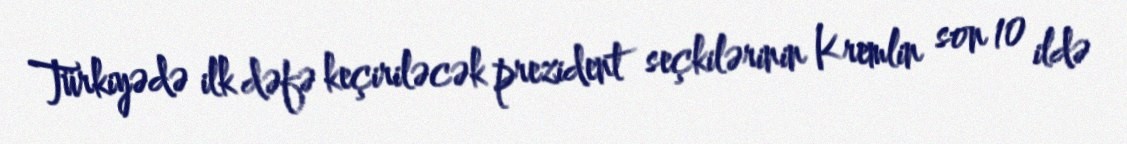
Türkiyədə ilk dəfə keçiriləcək prezident seçkilərinin Kremlin son 10 ildə